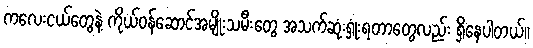
ကလေးငယ်တွေနဲ့ ကိုယ်ဝန်ဆောင်အမျိုးသမီးတွေ အသက်ဆုံးရှုံးရတာတွေလည်း ရှိနေပါတယ်။